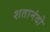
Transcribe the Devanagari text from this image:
शतानंदो